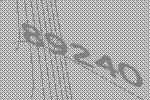
89240